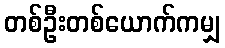
တစ်ဦးတစ်ယောက်ကမျှ